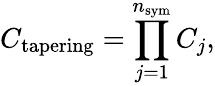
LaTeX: C_{\mathrm{tapering}}=\prod_{j=1}^{n_{\mathrm{sym}}}C_{j},